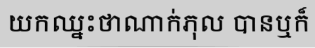
យកឈ្នះថាណាក់ភុល បានឬក៏